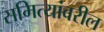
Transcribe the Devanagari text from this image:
समित्यांवरील